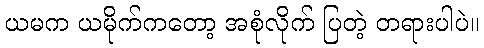
ယမက ယမိုက်ကတော့ အစုံလိုက် ပြတဲ့ တရားပါပဲ။